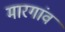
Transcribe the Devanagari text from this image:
मारगांव